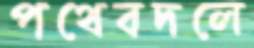
পথেবদলে